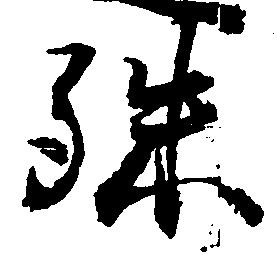
殊